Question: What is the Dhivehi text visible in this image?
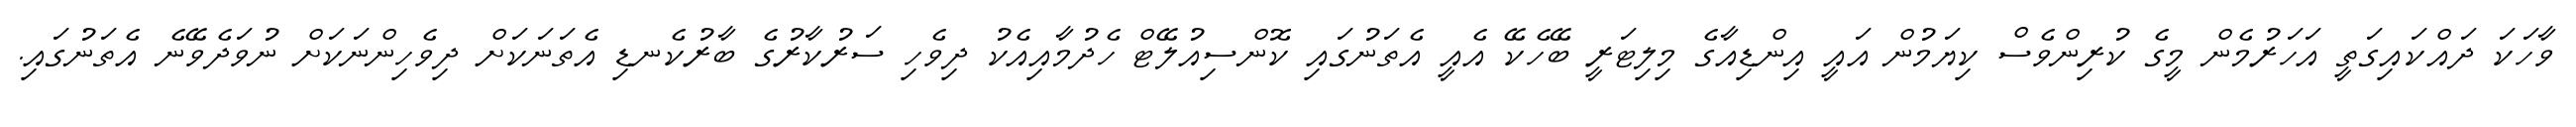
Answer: ވާހަކަ ދައްކައިގަތީ އަހަރުމެން މީގެ ކުރިންވެސް ކިޔަމުން އައީ އިންޑިއާގެ މިލިޓަރީ ބޭހެކޭ އެއީ އެތަނުގައި ކޮންސިއުލޭޓް ހެދުމާއިއެކު ދިވެހި ސަރުކާރުގެ ބާރުކެނޑި އެތަނަކަށް ދިވެހިންނަކަށް ނުވަދެވޭނެ އެތަނުގައި.